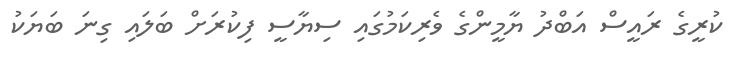
ކުރީގެ ރައީސް އަބްދު ޔާމީންގެ ވެރިކަމުގައި ސިޔާސީ ފިކުރަށް ބަލައި ގިނަ ބަޔަކު